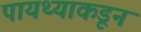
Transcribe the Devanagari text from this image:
पायथ्याकडून